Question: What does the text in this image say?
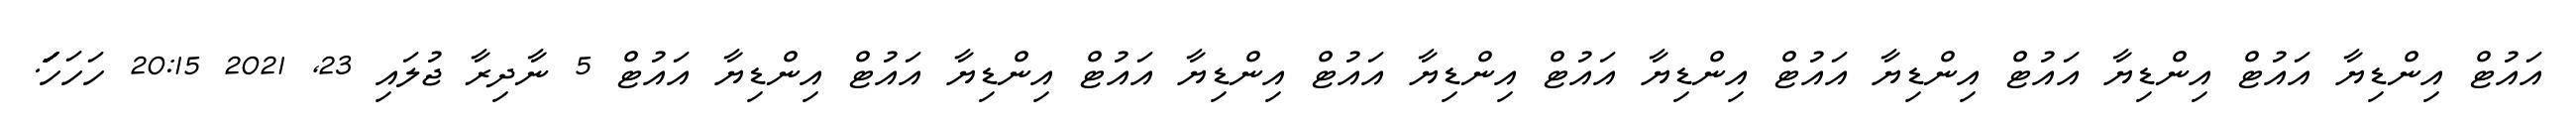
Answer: އައުޓް އިންޑިޔާ އައުޓް އިންޑިޔާ އައުޓް އިންޑިޔާ އައުޓް އިންޑިޔާ އައުޓް އިންޑިޔާ އައުޓް އިންޑިޔާ އައުޓް އިންޑިޔާ އައުޓް އިންޑިޔާ އައުޓް 5 ނާދިރާ ޖުލައި 23, 2021 20:15 ހަހަހަަަަަަަަަ.